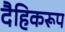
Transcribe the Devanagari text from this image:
दैहिकरूप